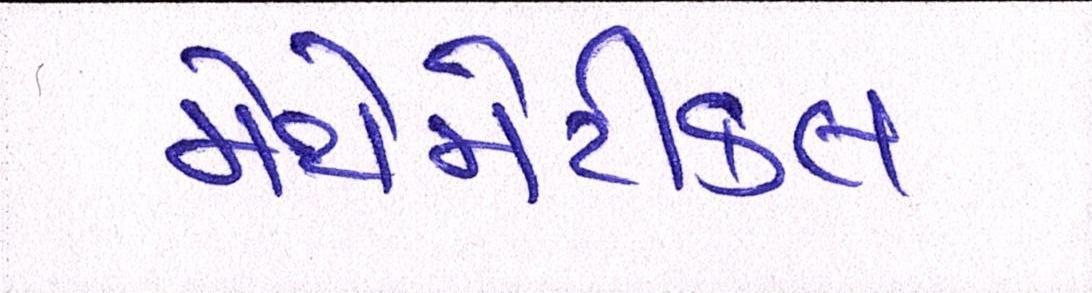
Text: મેથમેટીકલ